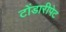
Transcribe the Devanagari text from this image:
टोंडारीपेट